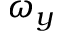
\omega _ { y }